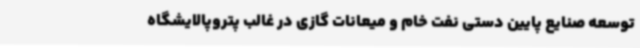
توسعه صنایع پایین دستی نفت خام و میعانات گازی در غالب پتروپالایشگاه